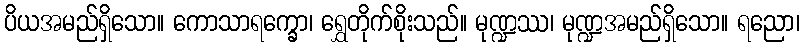
ပိယအမည်ရှိသော။ ကောသာရက္ခော၊ ရွှေတိုက်စိုးသည်။ မုဏ္ဍဿ၊ မုဏ္ဍအမည်ရှိသော။ ရညော၊